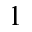
_ 1